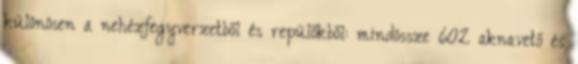
különösen a nehézfegyverzetből és repülőkből: mindössze 602 aknavető és